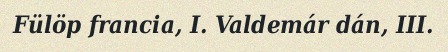
Fülöp francia, I. Valdemár dán, III.